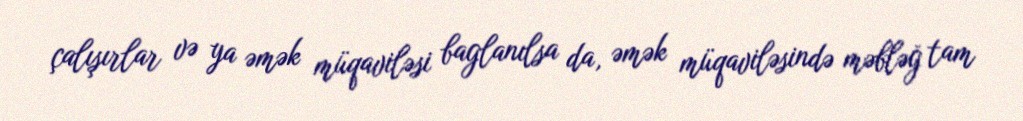
çalışırlar və ya əmək müqaviləsi baglanılsa da, əmək müqaviləsində məbləğ tam